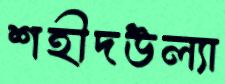
শহীদউল্যা